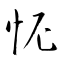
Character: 怩